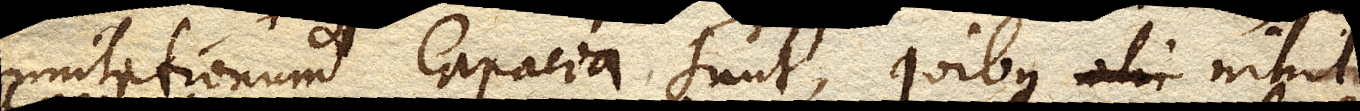
mutationum capacia sunt, quibus nihil